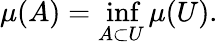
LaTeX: \mu(A)=\operatorname*{inf}_{A\subset U}\mu(U).